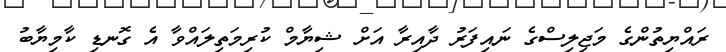
ރައްޔިތުންގެ މަޖިލިސްގެ ނައިފަރު ދާއިރާ އަށް ޝިޔާމް ކުރިމަތިލައްވާ އެ ގޮނޑި ކާމިޔާބު